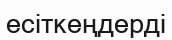
есіткеңдерді